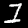
Label: 1